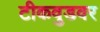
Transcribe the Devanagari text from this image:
टीकवुडवर